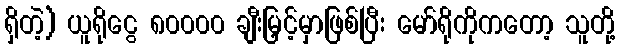
ရှိတဲ့) ယူရိုငွေ ၈၀၀၀၀ ချီးမြှင့်မှာဖြစ်ပြီး မော်ရိုကိုကတော့ သူတို့